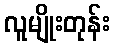
လူမျိုးတုန်း